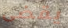
يقضى